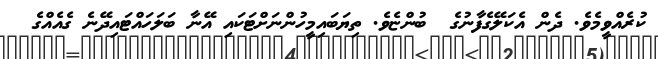
ކުރެއްވީމެވެ. ދެން އެކަލޭގެފާނުގެ  ބުންޏެވެ. ތިޔަބައިމީހުންނަށްޓަކައި އޭނާ ބަލަހައްޓައިދޭނެ ގެއެއްގެ